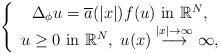
LaTeX: \begin{align*}\left\{\begin{array}{c} \Delta_{\phi}u=\overline{a}(|x|)f(u)~\mbox{in}~ \mathbb{R}^N,\\u\geq0~\mbox{in}~ \mathbb{R}^N,\ u(x)\stackrel{\left|x\right|\rightarrow \infty}{\longrightarrow} \infty,\end{array}\right.\end{align*}